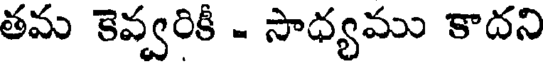
తమ కెవ్వరికీ - సాధ్యము కాదని